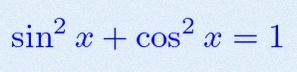
\sin^2x+\cos^2x=1